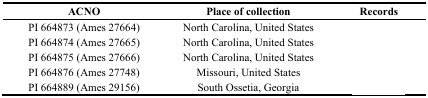
<table><thead><tr><td><b>ACNO</b></td><td><b>Place of collection</b></td><td><b>Records</b></td></tr></thead><tbody><tr><td>PI 664873 (Ames 27664)</td><td>North Carolina, United States</td><td>[EMPTY_CELL]</td></tr><tr><td>PI 664874 (Ames 27665)</td><td>North Carolina, United States</td><td>[EMPTY_CELL]</td></tr><tr><td>PI 664875 (Ames 27666)</td><td>North Carolina, United States</td><td>[EMPTY_CELL]</td></tr><tr><td>PI 664876 (Ames 27748)</td><td>Missouri, United States</td><td>[EMPTY_CELL]</td></tr><tr><td>PI 664889 (Ames 29156)</td><td>South Ossetia, Georgia</td><td>[EMPTY_CELL]</td></tr></tbody></table>